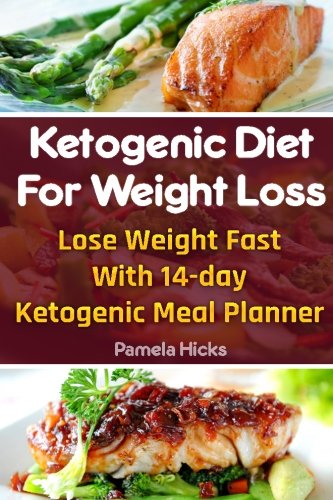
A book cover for Ketogenic Diet For Weight Loss: Lose Weight Fast With 14-day Ketogenic Meal Planner: (Lose Belly Fat Fast, Ketogenic Diet For Beginners, How To Lose ... 20 20 diet dr phil , weight watchers); Pamela Hicks; Cookbooks, Food & Wine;